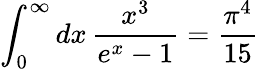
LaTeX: \int_{0}^{\infty}dx\, {\frac{x^{3}}{e^{x}-1}}={\frac{\pi^{4}}{15}}